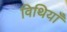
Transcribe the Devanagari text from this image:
विथियाँ